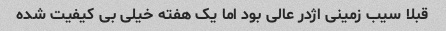
قبلا سیب زمینی اژدر عالی بود اما یک هفته خیلی بی کیفیت شده